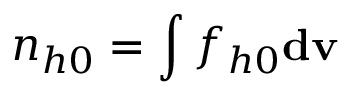
n _ { h 0 } = \int f _ { h 0 } \mathbf { d v }